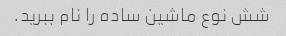
شش نوع ماشین ساده را نام ببرید.